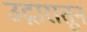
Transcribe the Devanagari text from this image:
उद्गारातून